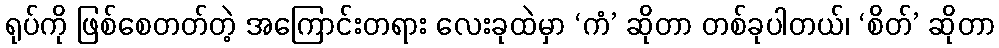
ရုပ်ကို ဖြစ်စေတတ်တဲ့ အကြောင်းတရား လေးခုထဲမှာ ‘ကံ’ ဆိုတာ တစ်ခုပါတယ်၊ ‘စိတ်’ ဆိုတာ